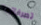
تصرفاتها